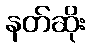
နတ်ဆိုး